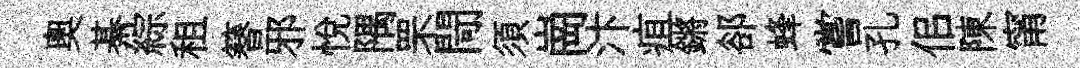
奧綦綜租簮邪悦隅罘閜須崗汴疽鏘郤蜂嘗孔佀陳甯